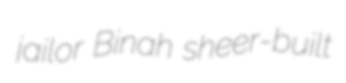
jailor Binah sheer-built